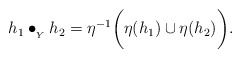
\begin{align*} h_1 \bullet_{{}_Y} h_2 = \eta^{-1}\bigg( \eta(h_1) \cup \eta(h_2)\bigg).\end{align*}